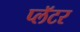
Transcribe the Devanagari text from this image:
प्लॅटर